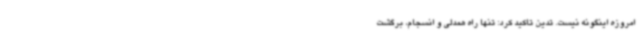
امروزه اینگونه نیست. تدین تاکید کرد: تنها راه همدلی و انسجام، برگشت